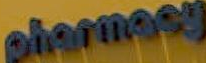
pharmasy